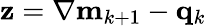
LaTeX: \mathbf{z}=\nabla\mathbf{m}_{k+1}-\mathbf{q}_{k}